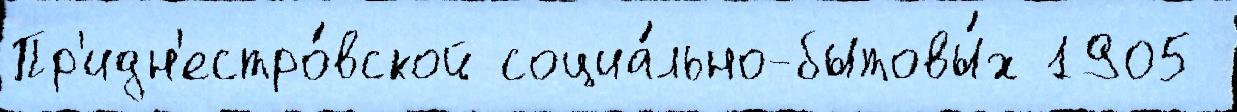
Пр'идн'естро́вской социа́льно-бытовы́х 1905